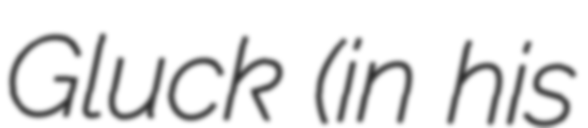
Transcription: Gluck (in his